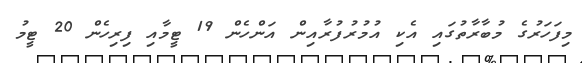
މިފަހަރުގެ މުބާރާތުގައި އެކި އުމުރުފުރާއިން އަންހެން 19 ޓީމާއި ފިރިހެން 20 ޓީމު